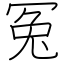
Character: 冤